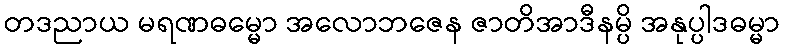
တဒညာယ မရဏဓမ္မော အလောဘဇေန ဇာတိအာဒီနမ္ပိ အနုပ္ပါဒဓမ္မာ